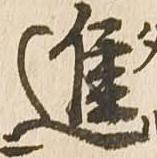
進